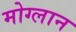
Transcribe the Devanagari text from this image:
मोग्लान